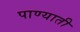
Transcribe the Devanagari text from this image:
पाण्याती